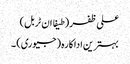
علی ظفر (طیفا ان ٹربل)
بہترین اداکارہ (جیوری) ۔